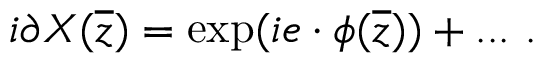
i \partial X ( { \overline { { z } } } ) = \exp ( i e \cdot \phi ( { \overline { { z } } } ) ) + . . . ~ .